Leaving Certificate, 1897
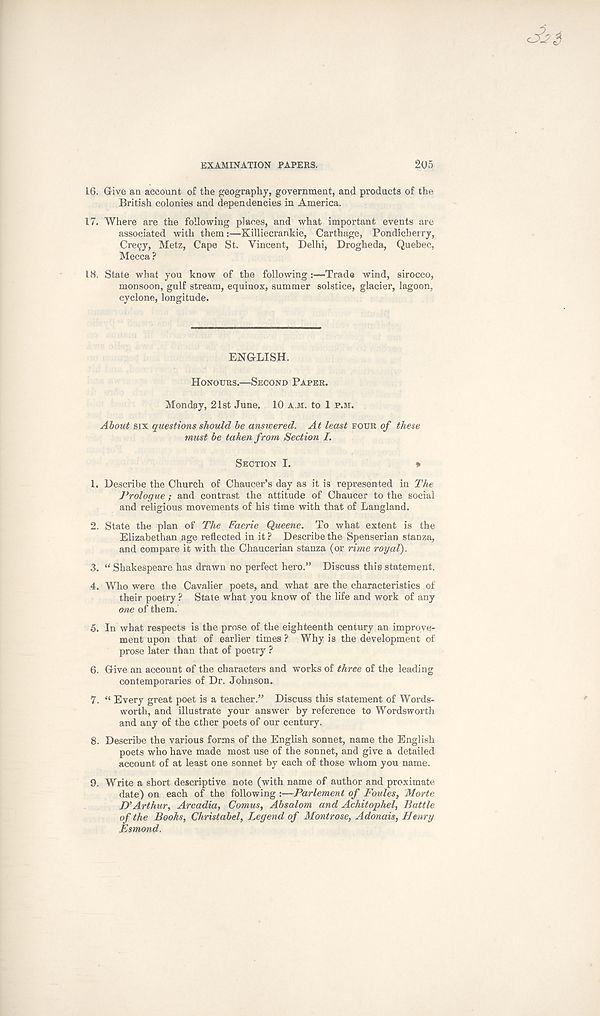
EXAMINATION PAPERS.
205
16. Give an account of the geography, government, and products of the
British colonies and dependencies in America.
17. Where are the following places, and what important events are
associated with them:—Killiecrankie, Carthage, Pondicherry,
Cre9y, Metz, Cape St. Vincent, Delhi, Drogheda, Quebec,
Mecca ?
18. State what you know of the following :—Trade wind, sirocco,
monsoon, gulf stream, equinox, summer solstice, glacier, lagoon,
cyclone, longitude.
ENGLISH.
HONOURS.—SECOND PAPER.
Monday, 21st June. 10 A.M. to 1 P.M.
About six questions should be answered. At least POUR of these
must be taken from Section I.
SECTION I.
*
1. Describe the Church of Chaucer’s day as it is represented in The
Prologue; and contrast the attitude of Chaucer to the social
and religious movements of his time with that of Langland.
2. State the plan of The Faerie Queene. To what extent is the
Elizabethan age reflected in it ? Describe the Spenserian stanza,
and compare it with the Chaucerian stanza (or rime royal).
3. “ Shakespeare has drawn no perfect hero.” Discuss this statement.
4. Who were the Cavalier poets, and what are the characteristics of
their poetry ? State what you know of the life and work of any
one of them.
5. In what respects is the prose of the eighteenth century an improve-
ment upon that of earlier times ? Why is the development of
prose later than that of poetry ?
6. Give an account of the characters and works of three of the leading
contemporaries of Dr. Johnson.
7. “ Every great poet is a teacher.” Discuss this statement of Words-
worth, and illustrate your answer by reference to Wordsworth
and any of the ether poets of our century.
8. Describe the various forms of the English sonnet, name the English
poets who have made most use of the sonnet, and give a detailed
account of at least one sonnet by each of those whom you name.
9. Write a short descriptive note (with name of author and proximate
date) on each of the following :—Parlement of Foules, Morte
D’Arthur, Arcadia, Comus, Absalom and Achitophel, Battle
of the Books, Christabel, Legend of Montrose, Adonais, Henry
Esmond.